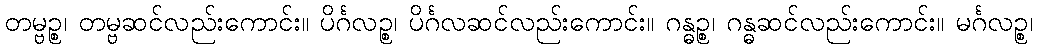
တမ္ဗဉ္စ၊ တမ္ဗဆင်လည်းကောင်း။ ပိင်္ဂလဉ္စ၊ ပိင်္ဂလဆင်လည်းကောင်း။ ဂန္ဓဉ္စ၊ ဂန္ဓဆင်လည်းကောင်း။ မင်္ဂလဉ္စ၊